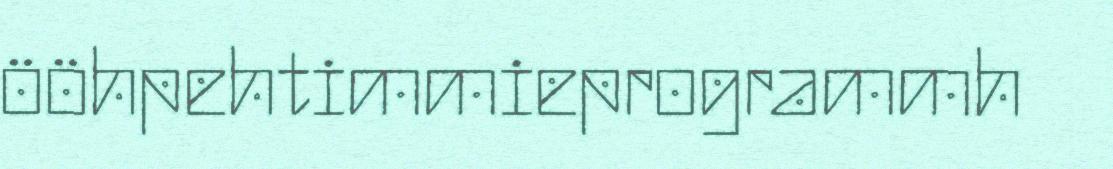
ööhpehtimmieprogrammh